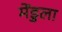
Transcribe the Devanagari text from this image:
मेंडुला